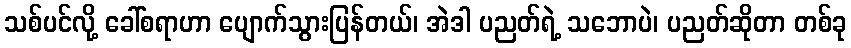
သစ်ပင်လို့ ခေါ်စရာဟာ ပျောက်သွားပြန်တယ်၊ အဲဒါ ပညတ်ရဲ့ သဘောပဲ၊ ပညတ်ဆိုတာ တစ်ခု